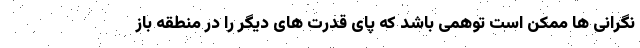
نگرانی ها ممکن است توهمی باشد که پای قدرت های دیگر را در منطقه باز